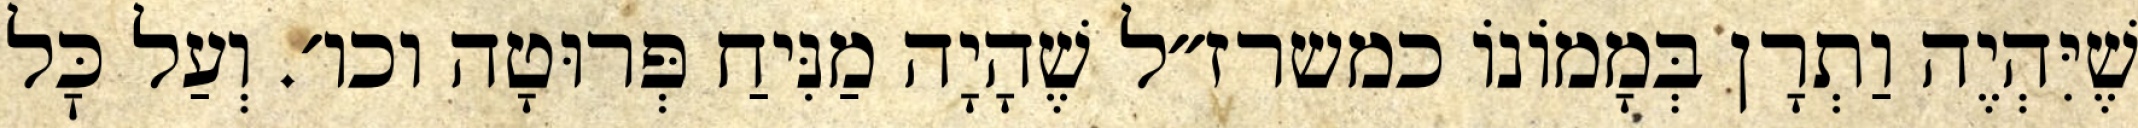
שֶׁיִּהְיֶה וַתְרָן בְּמָמוֹנוֹ כמשרז״ל שֶׁהָיָה מַנִּיחַ פְּרוּטָה וכו׳. וְעַל כׇּל